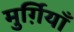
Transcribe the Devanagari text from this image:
मुर्ग़ियाँ